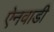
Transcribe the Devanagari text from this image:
ऐनवाडी